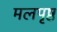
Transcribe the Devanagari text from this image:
मलपृष्ठ